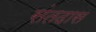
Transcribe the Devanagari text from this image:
संतदास